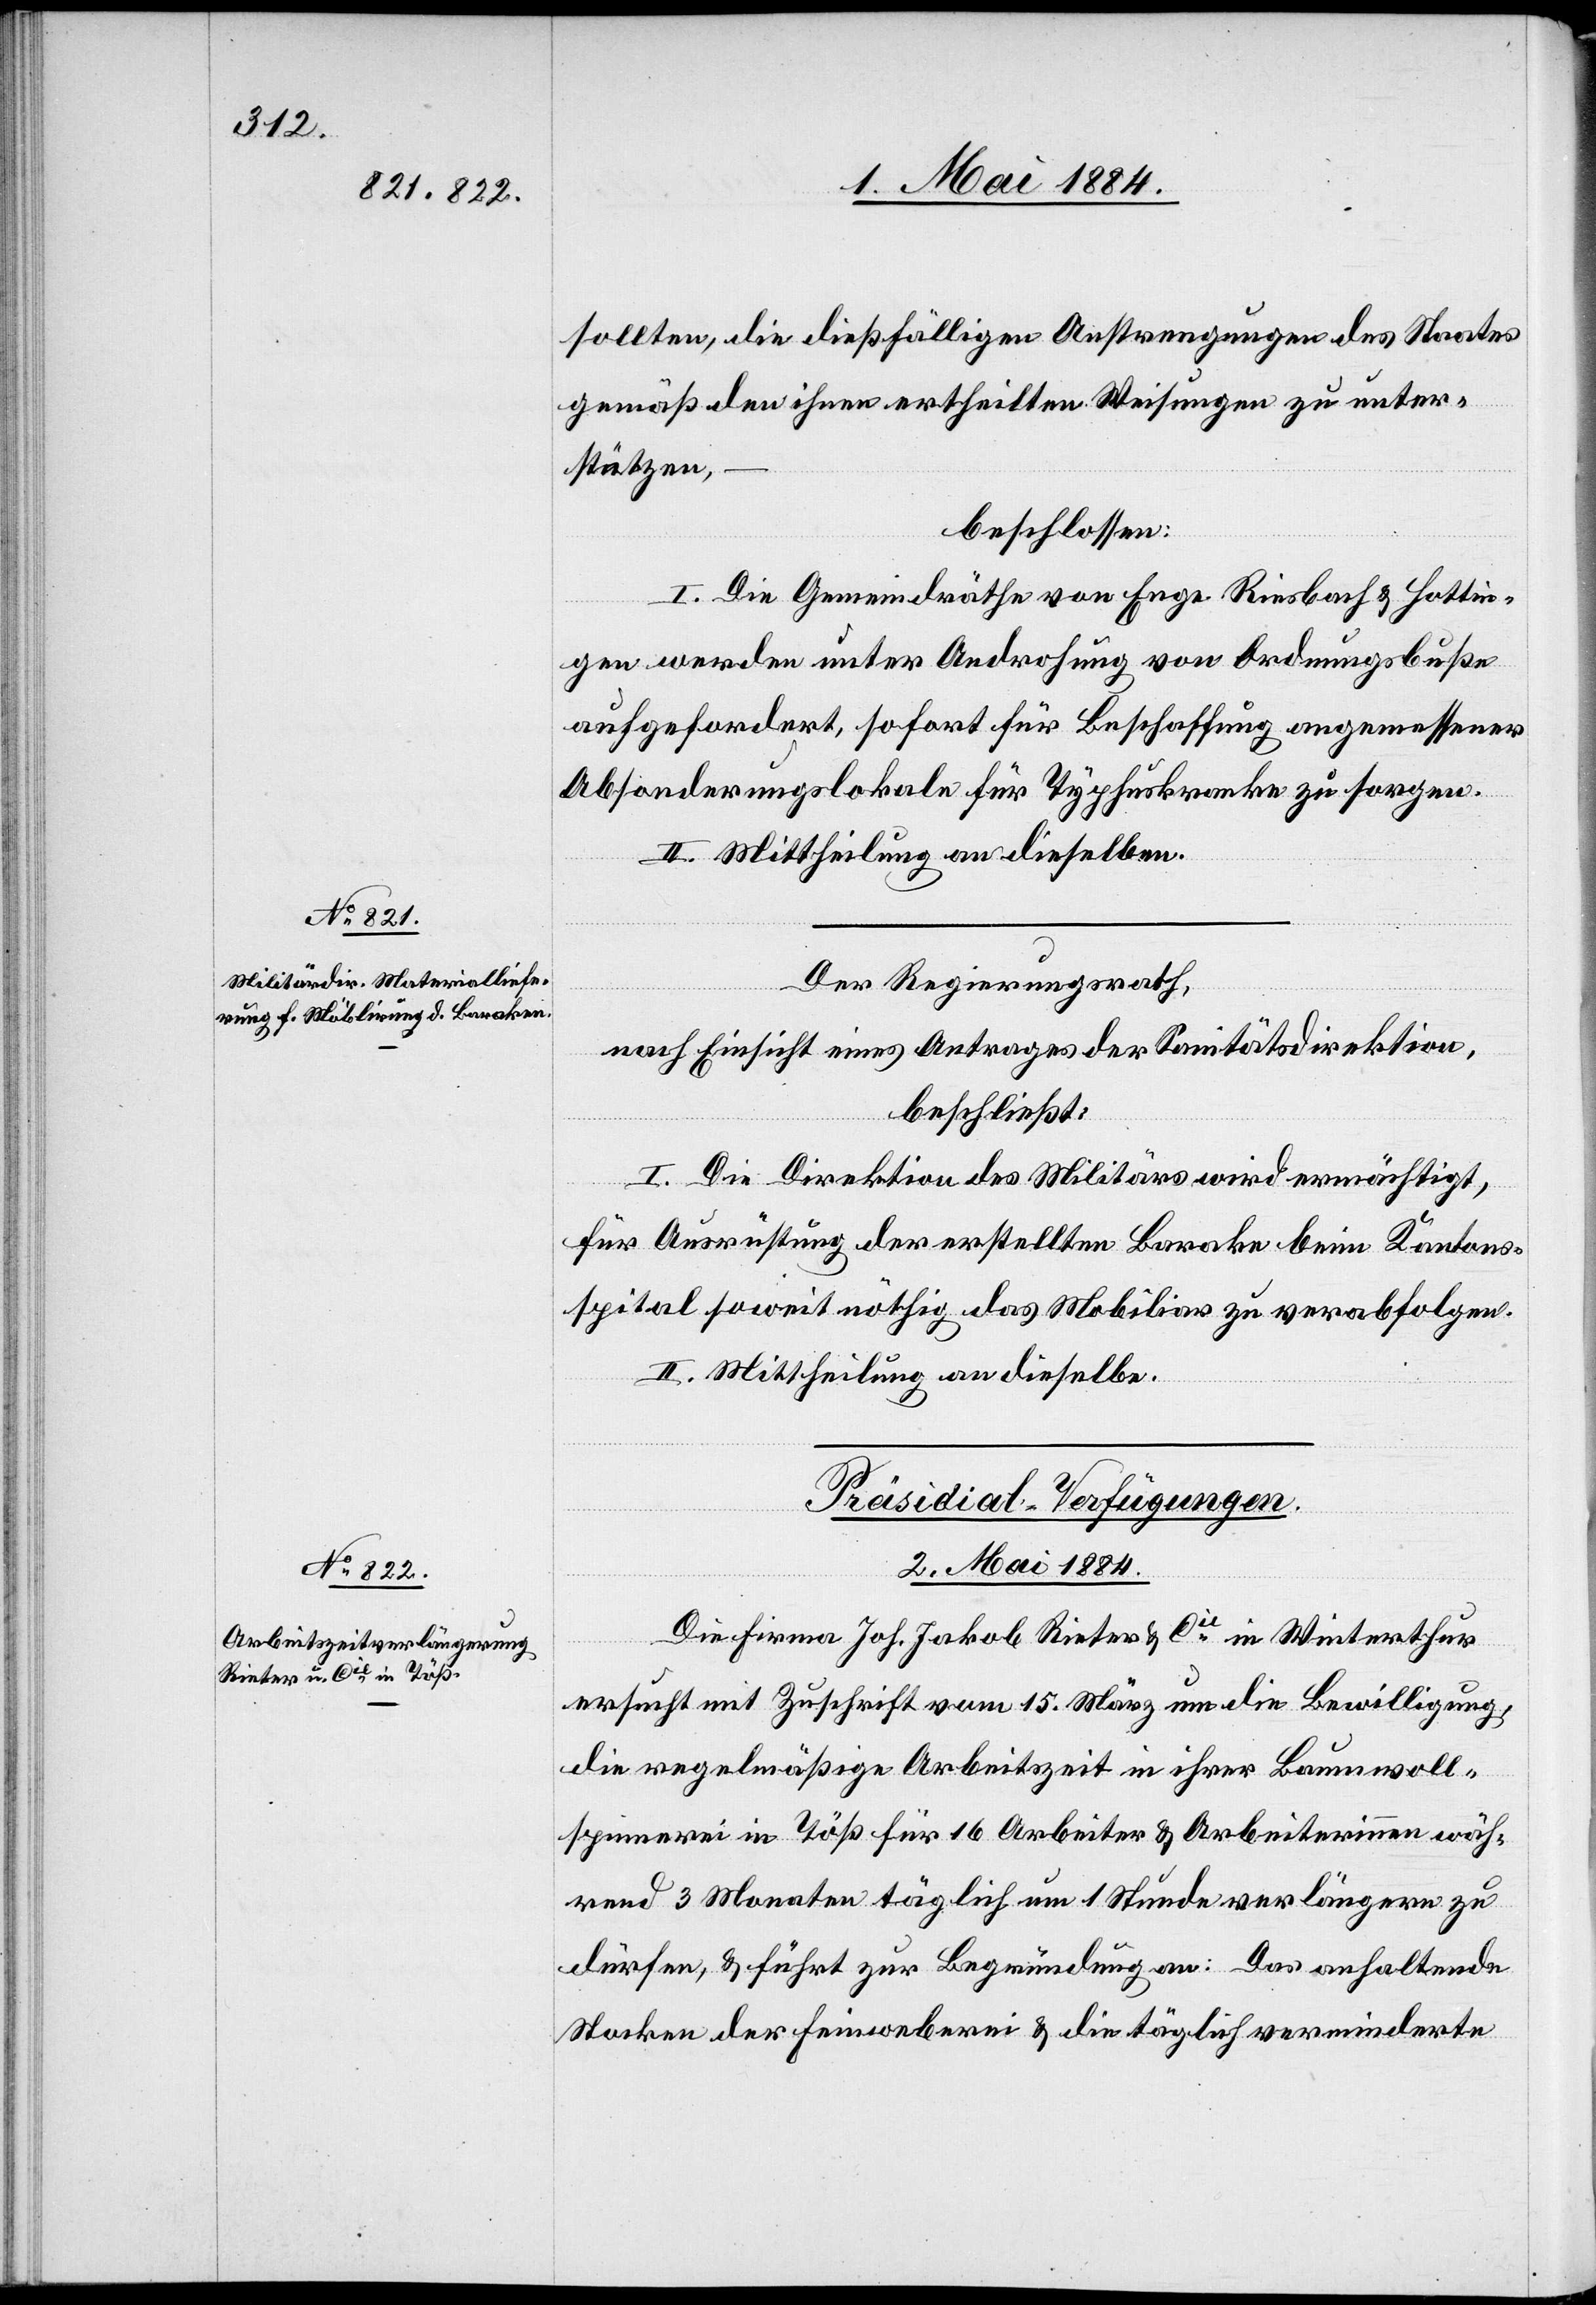
sollten, die dießfälligen Anstrengungen des Staates
gemäß den ihnen ertheilten Weisungen zu unter¬
stützten,
beschlossen:
I. Die Gemeindräthe von Enge[,] Riesbach & Hottin¬
gen werden unter Androhung von Ordnungsbuße
aufgefordert, sofort für Beschaffung angemessener
Absonderungslokale für Typhuskranke zu sorgen.
II. Mittheilung an dieselben.
Der Regierungsrath,
nach Einsicht eines Antrages der Sanitätsdirektion,
beschließt:
I. Die Direktion des Militärs wird ermächtigt,
für Ausrüstung der erstellten Barake beim Kantons¬
spital soweit nöthig das Mobiliar zu verabfolgen.
II. Mittheilung an dieselbe.
Präsidial-Verfügungen.
2. Mai 1884.
Die Firma Joh. Jakob Rieter & Cie in Winterthur
ersucht mit Zuschrift vom 15. März um die Bewilligung,
die regelmäßige Arbeitszeit in ihrer Baumwoll¬
spinnerei in Töß für 16 Arbeiter & Arbeiterinnen wäh¬
rend 3 Monaten täglich um 1 Stunde verlängern zu
dürfen, & führt zur Begründung an: Das anhaltende
Stocken der Feinweberei & die täglich verminderte